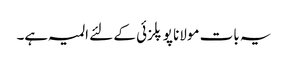
یہ بات مولانا پوپلزئی کے لئے المیہ ہے۔